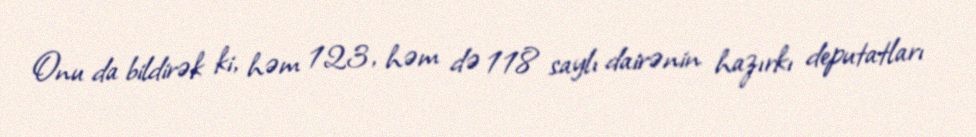
Onu da bildirək ki, həm 123, həm də 118 saylı dairənin hazırkı deputatları